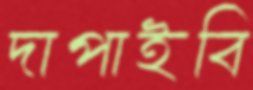
দাপাইবি